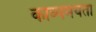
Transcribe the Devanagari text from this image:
काव्यमयता